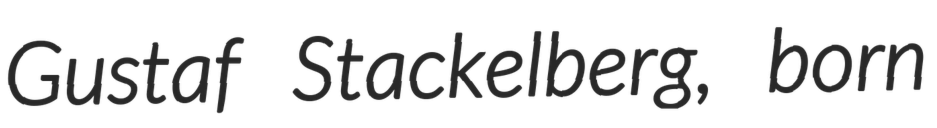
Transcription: Gustaf Stackelberg, born